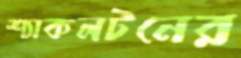
শ্যাকলটনের